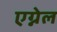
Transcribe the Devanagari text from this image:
एग्नेल